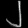
Digit: ၂